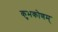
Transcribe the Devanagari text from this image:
कुभकोणम्